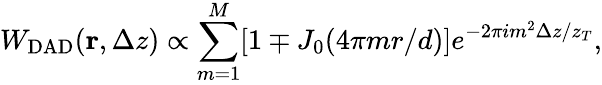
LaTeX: W_{\mathrm{DAD}}({\mathbf r},\Delta z)\propto\sum_{m=1}^{M}[1\mp J_{0}(4\pi mr/d)]e^{-2\pi im^{2}\Delta z/z_{T}},